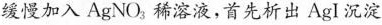
缓慢加入AgNO_{3}，稀溶液，首先析出AgI沉淀